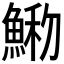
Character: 𩸢